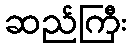
ဆည်ကြီး